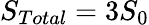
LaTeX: S_{Total}=3S_{0}